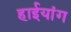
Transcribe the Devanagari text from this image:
हाईयांग